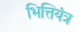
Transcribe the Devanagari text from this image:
भित्तियंत्र